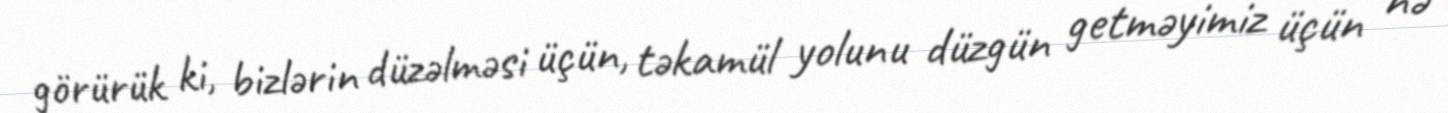
görürük ki, bizlərin düzəlməsi üçün, təkamül yolunu düzgün getməyimiz üçün nə